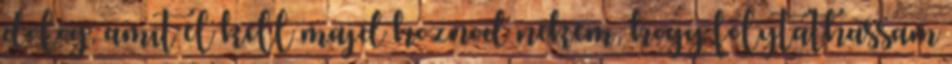
dolog, amit el kell majd hoznod nekem, hogy folytathassam